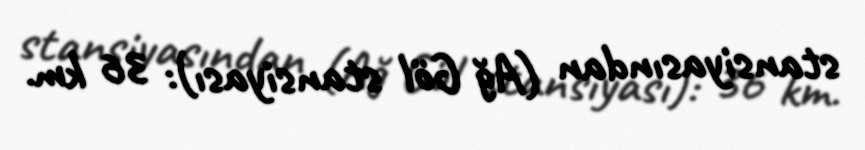
stansiyasından (Ağ Göl stansiyası): 36 km.